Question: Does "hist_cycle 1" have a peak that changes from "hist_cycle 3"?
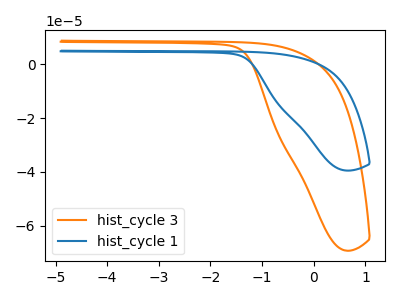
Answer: <think>The orange curve "hist_cycle 3" has no peaks. The blue curve "hist_cycle 1" has no peaks.
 Neither "hist_cycle 1" or "hist_cycle 3" have any peaks.</think>
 <answer>No, "hist_cycle 1" and "hist_cycle 3" don't appear to be significantly different in shape</answer>
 <eval>no_change</eval>